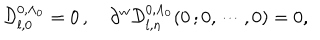
\mathcal { D } _ { l , 0 } ^ { 0 , \Lambda _ { 0 } } = 0 \, , \quad \partial ^ { w } \mathcal { D } _ { l , n } ^ { 0 , \Lambda _ { 0 } } ( 0 \, ; 0 , \cdots , 0 ) = 0 ,